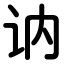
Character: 讷